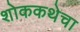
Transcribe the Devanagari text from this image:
शोककथेचा